Report on vaccination in the Province of Bengal - 1874-1889
Year: 1874
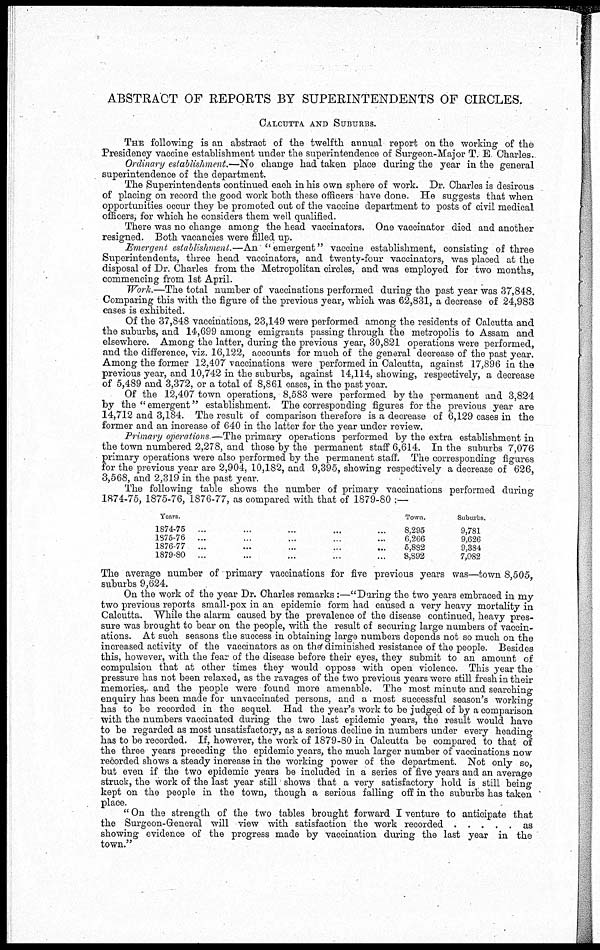
ABSTRACT OF REPORTS BY SUPERINTENDENTS OF CIRCLES.
CALCUTTA, AND SUBURBS.
THE following is an abstract of the twelfth annual report on the working of the
Presidency vaccine establishment under the superintendence of Surgeon-Major T. E Charles.
Ordinary establishment.—No change had taken place during the year in the general
superintendence of the department.
The Superintendents continued each in his own sphere of work. Dr. Charles is desirous
of placing on record the good work both these officers have done. He suggests that when
opportunities occur they be promoted out of the vaccine department to posts of civil medical
officers, for which he considers them well qualified.
There was no change among the head vaccinators. One vaccinator died and another
resigned. Both vacancies were filled up.
Emergent establishment.—An "emergent" vaccine establishment, consisting of three
Superintendents, three head vaccinators, and twenty-four vaccinators, was placed at the
disposal of Dr. Charles from the Metropolitan circles, and was employed for two months,
commencing from 1st April.
Work.—The total number of vaccinations performed during the past year was 37,848.
Comparing this with the figure of the previous year, which was 62,831, a decrease of 24,983
cases is exhibited.
Of the 37,848 vaccinations, 23,149 were performed among the residents of Calcutta and
the suburbs, and 14,699 among emigrants passing through the metropolis to Assam and
elsewhere. Among the latter, during the previous year, 30,821 operations were performed,
and the difference, viz. 16,122, accounts for much of the general decrease of the past year.
Among the former 12,407 vaccinations were performed in Calcutta, against 17,896 in the
previous year, and 10,742 in the suburbs, against 14,114, showing, respectively, a decrease
of 5,489 and 3,372, or a total of 8,861 cases, in the past year.
Of the 12,407 town operations, 8,583 were performed by the permanent and 3,824
by the " emergent" establishment. The corresponding figures for the previous year are
14,712 and 3,184. The result of comparison therefore is a decrease of 6,129 cases in the
former and an increase of 640 in the latter for the year under review.
Primary operations —The primary operations performed by the extra establishment in
the town numbered 2,278, and those by the permanent staff 6,614. In the suburbs 7,076
primary operations were also performed by the permanent staff. The corresponding figures
for the previous year are 2,904, 10,182, and 9,395, showing respectively a decrease of 626,
3,568, and 2,319 in the past year.
The following table shows the number of primary vaccinations performed during
1874-75, 1875-76, 1876-77, as compared with that of 1879-80 :—
Years.
1874-75... ... ... ...
1375-76... ... ... ...
1876-77... ... ... ... ...
1879-80... ... ... ... ...
Town.
8,295
6,266
5,882
8,892
Suburbs.
9,781
9,626
9,384.
7,082
The average number of primary vaccinations for five previous years was—town 8,505,
suburbs 9,624.
On the work of the year Dr. Charles remarks :—"During the two years embraced in my
two previous reports small-pox in an epidemic form had caused a very heavy mortality in
Calcutta. While the alarm caused by the prevalence of the disease continued, heavy pres-
sure was brought to bear on the people, with the result of securing large numbers of vaccin-
ations. At such seasons the success in obtaining large numbers depends not so much on the
increased activity of the vaccinators as on the diminished resistance of the people. Besides
this, however, with the fear of the disease before their eyes, they submit to an amount of
compulsion that at other times they would opposs with open violence. This year the
pressure has not been relaxed, as the ravages of the two previous years were still fresh in their
memories,. and the people were found more amenable. The most minute and searching
enquiry has been made for unvaccinated persons, and a most successful season's working
has to be recorded in the sequel Had the year's work to be judged of by a comparison
with the numbers vaccinated during the two last epidemic years, the result would have
to be regarded as most unsatisfactory, as a serious decline in numbers under every heading
has to be recorded. If, however, the work of 1879-80 in Calcutta be compared to that of
the three years preceding the epidemic years, the much larger number of vaccinations now
recorded shows a steady increase in the working power of the department. Not only so,
but even if the two epidemic years be included in a series of five years and an average
struck, the work of the last year still shows that a very satisfactory hold is still being
kept on the people in the town, though a serious falling off in the suburbs has taken
place.
" On the strength of the two tables brought forward I venture to anticipate that
the Surgeon-General will view with satisfaction the work recorded
as
showing evidence of the progress made by vaccination during the last year in the
town."